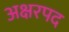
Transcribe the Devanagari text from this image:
अक्षरपद